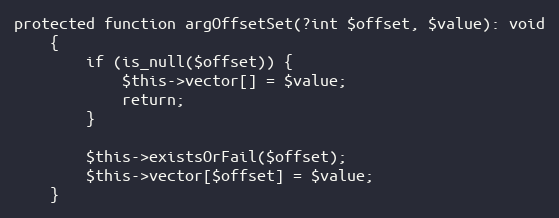
Language: PHP
protected function argOffsetSet(?int $offset, $value): void
    {
        if (is_null($offset)) {
            $this->vector[] = $value;
            return;
        }

        $this->existsOrFail($offset);
        $this->vector[$offset] = $value;
    }